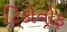
ટિકોનોફ